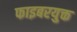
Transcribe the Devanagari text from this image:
फाइबरयुक्त